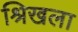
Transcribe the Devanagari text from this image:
श्रिखला